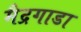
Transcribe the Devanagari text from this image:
मैद्रगाडा